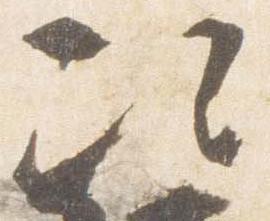
次